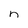
Character: n